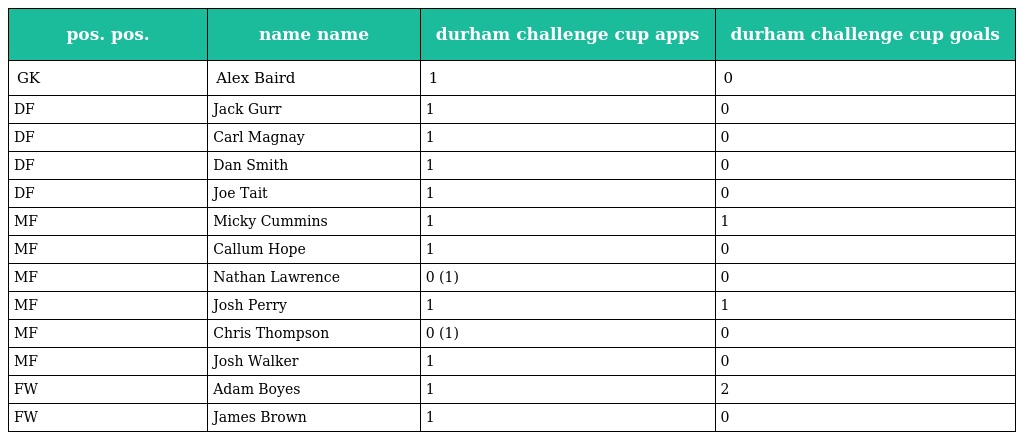
| pos. pos. | name name | durham challenge cup apps | durham challenge cup goals |
 | --- | --- | --- | --- |
 | GK | Alex Baird | 1 | 0 |
 | DF | Jack Gurr | 1 | 0 |
 | DF | Carl Magnay | 1 | 0 |
 | DF | Dan Smith | 1 | 0 |
 | DF | Joe Tait | 1 | 0 |
 | MF | Micky Cummins | 1 | 1 |
 | MF | Callum Hope | 1 | 0 |
 | MF | Nathan Lawrence | 0 (1) | 0 |
 | MF | Josh Perry | 1 | 1 |
 | MF | Chris Thompson | 0 (1) | 0 |
 | MF | Josh Walker | 1 | 0 |
 | FW | Adam Boyes | 1 | 2 |
 | FW | James Brown | 1 | 0 |